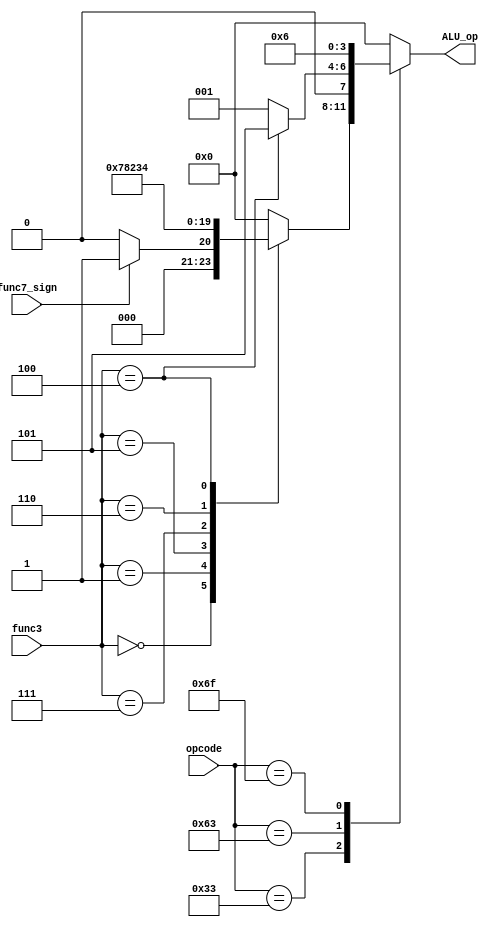
module ID_ALU_OP#(
                  parameter OP_IMME_ARITHMETIC =  7'b0010011,
                  parameter OP_ARITHMETIC =  7'b0110011,
                  parameter OP_CONDITIONAL_JMP =  7'b1100011,
                  parameter OP_UNCONDITIONAL_JMP =  7'b1101111,
                  parameter OP_MEMORY_LOAD =  7'b0000011,
                  parameter OP_MEMORY_STORE =  7'b0100011,
                  parameter FUNC3_BEQ = 3'b0,
                  parameter FUNC3_BLT = 3'b100,
                  parameter FUNC3_ADDI = 3'b0,
                  parameter FUNC3_LW = 3'b010,
                  parameter FUNC3_SW = 3'b010,
                  parameter FUNC3_ADD = 3'b000,
                  parameter FUNC3_SUB = 3'b000,
                  parameter FUNC3_SLL = 3'b001,
                  parameter FUNC3_SRL = 3'b101,
                  parameter FUNC3_OR = 3'b110,
                  parameter FUNC3_AND = 3'b111,
                  parameter FUNC3_XOR = 3'b100,
                  parameter ALU_OP_ADD = 4'd0,
                  parameter ALU_OP_SUB = 4'd1,
                  parameter ALU_OP_AND = 4'd2,
                  parameter ALU_OP_OR = 4'd3,
                  parameter ALU_OP_XOR = 4'd4,
                  parameter ALU_OP_LT = 4'd5,
                  parameter ALU_OP_NONE = 4'd6,
                  parameter ALU_OP_SHIFT_LEFT = 4'd7,
                  parameter ALU_OP_SHIFT_RIGHT = 4'd8
                  )
   (
    input wire [6:0]  opcode,
    input wire [2:0]  func3,
    input wire        func7_sign,
    output wire [3:0] ALU_op
    );
   reg [3:0]          ALU_op_internal;
   always @ (*)
     case (opcode)
       OP_IMME_ARITHMETIC : begin
          if (func3 == FUNC3_ADDI) ALU_op_internal = ALU_OP_ADD;
          else ALU_op_internal = ALU_OP_ADD;
       end
       OP_ARITHMETIC : begin
          case (func3)
            FUNC3_ADD : begin
               if (func7_sign) ALU_op_internal = ALU_OP_SUB;
               else ALU_op_internal = ALU_OP_ADD;
            end
            FUNC3_SLL : ALU_op_internal = ALU_OP_SHIFT_LEFT;
            FUNC3_SRL : ALU_op_internal = ALU_OP_SHIFT_RIGHT;
            FUNC3_AND : ALU_op_internal = ALU_OP_AND;
            FUNC3_OR : ALU_op_internal = ALU_OP_OR;
            FUNC3_XOR : ALU_op_internal = ALU_OP_XOR;
            default : ALU_op_internal = ALU_OP_ADD;
          endcase
       end
       OP_CONDITIONAL_JMP : begin
          case (func3)
            FUNC3_BLT : ALU_op_internal = ALU_OP_LT;
            FUNC3_BEQ : ALU_op_internal = ALU_OP_SUB;
            default : ALU_op_internal = ALU_OP_SUB;
          endcase // case (func3)
       end
       OP_UNCONDITIONAL_JMP : ALU_op_internal = ALU_OP_NONE;
       OP_MEMORY_LOAD : ALU_op_internal = ALU_OP_ADD;
       OP_MEMORY_STORE : ALU_op_internal = ALU_OP_ADD;
       default : ALU_op_internal = ALU_OP_ADD;
     endcase
   assign ALU_op = ALU_op_internal;
endmodule